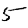
Digit: 5